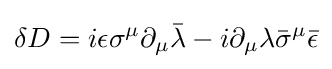
\delta D=i\epsilon \sigma ^{\mu }\partial _{\mu }{\bar {\lambda }}-i\partial _{\mu }\lambda {\bar {\sigma }}^{\mu }{\bar {\epsilon }}